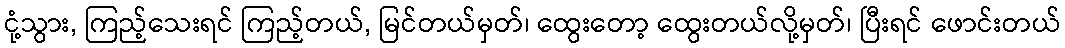
ငုံ့သွား, ကြည့်သေးရင် ကြည့်တယ်, မြင်တယ်မှတ်၊ ထွေးတော့ ထွေးတယ်လို့မှတ်၊ ပြီးရင် ဖောင်းတယ်